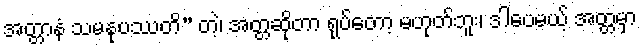
အတ္တာနံ သမနုပဿတိ” တဲ့၊ အတ္တဆိုတာ ရုပ်တော့ မဟုတ်ဘူး၊ ဒါပေမယ့် အတ္တမှာ